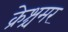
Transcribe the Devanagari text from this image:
क्रेश्चमर